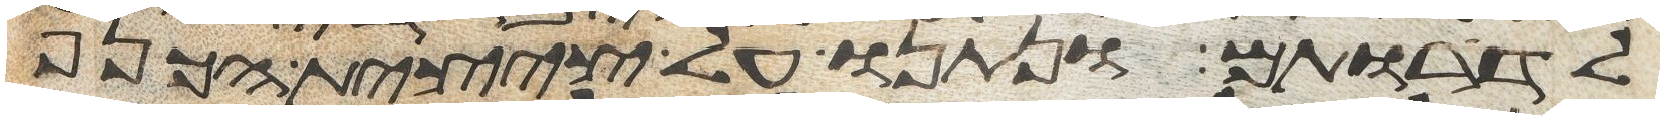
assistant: לדרתם ונתנו על ציצית הכנף